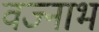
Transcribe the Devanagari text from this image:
वज्नाभ